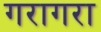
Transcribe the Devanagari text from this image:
गरागरा